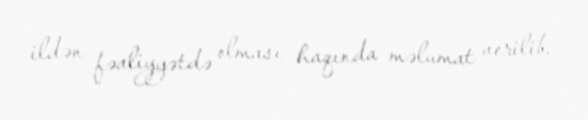
ildən fəaliyyətdə olması haqında məlumat verilib.